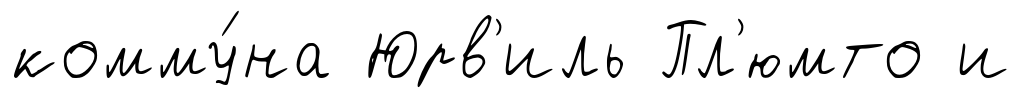
комму́на Юрв'иль Пл'юмто и